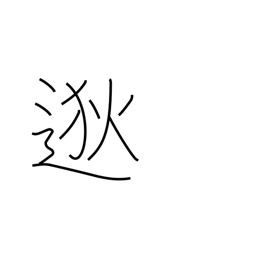
Meaning: far